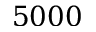
5 0 0 0